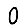
Digit: 0